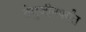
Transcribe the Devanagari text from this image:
तेमुजीनपर्यंत